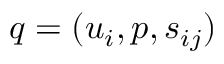
q = ( u _ { i } , p , s _ { i j } )